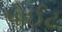
પોઈટ